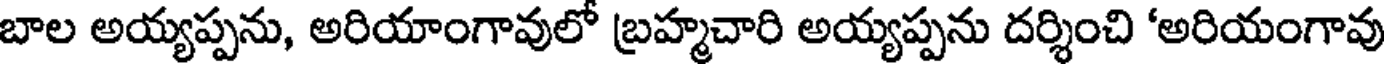
బాల అయ్యప్పను, అరియాంగావులో బ్రహ్మచారి అయ్యప్పను దర్శించి 'అరియంగావు